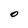
Character: O